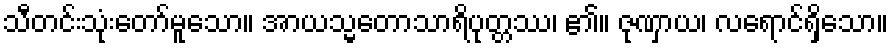
သီတင်းသုံးတော်မူသော။ အာယသ္မတောသာရိပုတ္တဿ၊ ၏။ ဇုဏှာယ၊ လရောင်ရှိသော။